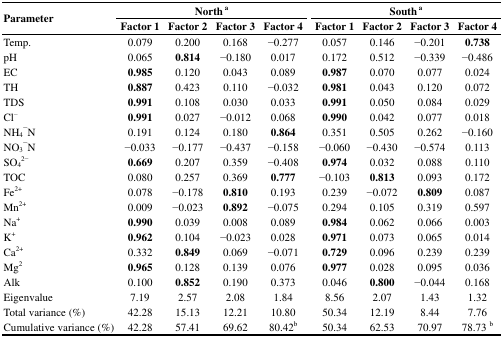
<table><thead><tr><td rowspan="2"><b>Parameter</b></td><td colspan="4"><b>North <sup>a</sup></b></td><td colspan="4"><b>South <sup>a</sup></b></td></tr><tr><td><b>Factor 1</b></td><td><b>Factor 2</b></td><td><b>Factor 3</b></td><td><b>Factor 4</b></td><td><b>Factor 1</b></td><td><b>Factor 2</b></td><td><b>Factor 3</b></td><td><b>Factor 4</b></td></tr></thead><tbody><tr><td>Temp.</td><td>0.079</td><td>0.200</td><td>0.168</td><td>−0.277</td><td>0.057</td><td>0.146</td><td>−0.201</td><td><b>0.738</b></td></tr><tr><td>pH</td><td>0.065</td><td><b>0.814</b></td><td>−0.180</td><td>0.017</td><td>0.172</td><td>0.512</td><td>−0.339</td><td>−0.486</td></tr><tr><td>EC</td><td><b>0.985</b></td><td>0.120</td><td>0.043</td><td>0.089</td><td><b>0.987</b></td><td>0.070</td><td>0.077</td><td>0.024</td></tr><tr><td>TH</td><td><b>0.887</b></td><td>0.423</td><td>0.110</td><td>−0.032</td><td><b>0.981</b></td><td>0.043</td><td>0.120</td><td>0.072</td></tr><tr><td>TDS</td><td><b>0.991</b></td><td>0.108</td><td>0.030</td><td>0.033</td><td><b>0.991</b></td><td>0.050</td><td>0.084</td><td>0.029</td></tr><tr><td>Cl<sup>−</sup></td><td><b>0.991</b></td><td>0.027</td><td>−0.012</td><td>0.068</td><td><b>0.990</b></td><td>0.042</td><td>0.077</td><td>0.018</td></tr><tr><td>NH<sub>4</sub><sup>−</sup>N</td><td>0.191</td><td>0.124</td><td>0.180</td><td><b>0.864</b></td><td>0.351</td><td>0.505</td><td>0.262</td><td>−0.160</td></tr><tr><td>NO<sub>3</sub><sup>−</sup>N</td><td>−0.033</td><td>−0.177</td><td>−0.437</td><td>−0.158</td><td>−0.060</td><td>−0.430</td><td>−0.574</td><td>0.113</td></tr><tr><td>SO<sub>4</sub><sup>2−</sup></td><td><b>0.669</b></td><td>0.207</td><td>0.359</td><td>−0.408</td><td><b>0.974</b></td><td>0.032</td><td>0.088</td><td>0.110</td></tr><tr><td>TOC</td><td>0.080</td><td>0.257</td><td>0.369</td><td><b>0.777</b></td><td>−0.103</td><td><b>0.813</b></td><td>0.093</td><td>0.172</td></tr><tr><td>Fe<sup>2+</sup></td><td>0.078</td><td>−0.178</td><td><b>0.810</b></td><td>0.193</td><td>0.239</td><td>−0.072</td><td><b>0.809</b></td><td>0.087</td></tr><tr><td>Mn<sup>2+</sup></td><td>0.009</td><td>−0.023</td><td><b>0.892</b></td><td>−0.075</td><td>0.294</td><td>0.105</td><td>0.319</td><td>0.597</td></tr><tr><td>Na<sup>+</sup></td><td><b>0.990</b></td><td>0.039</td><td>0.008</td><td>0.089</td><td><b>0.984</b></td><td>0.062</td><td>0.066</td><td>0.003</td></tr><tr><td>K<sup>+</sup></td><td><b>0.962</b></td><td>0.104</td><td>−0.023</td><td>0.028</td><td><b>0.971</b></td><td>0.073</td><td>0.065</td><td>0.014</td></tr><tr><td>Ca<sup>2+</sup></td><td>0.332</td><td><b>0.849</b></td><td>0.069</td><td>−0.071</td><td><b>0.729</b></td><td>0.096</td><td>0.239</td><td>0.239</td></tr><tr><td>Mg<sup>2</sup></td><td><b>0.965</b></td><td>0.128</td><td>0.139</td><td>0.076</td><td><b>0.977</b></td><td>0.028</td><td>0.095</td><td>0.036</td></tr><tr><td>Alk</td><td>0.100</td><td><b>0.852</b></td><td>0.190</td><td>0.373</td><td>0.046</td><td><b>0.800</b></td><td>−0.044</td><td>0.168</td></tr><tr><td>Eigenvalue</td><td>7.19</td><td>2.57</td><td>2.08</td><td>1.84</td><td>8.56</td><td>2.07</td><td>1.43</td><td>1.32</td></tr><tr><td>Total variance (%)</td><td>42.28</td><td>15.13</td><td>12.21</td><td>10.80</td><td>50.34</td><td>12.19</td><td>8.44</td><td>7.76</td></tr><tr><td>Cumulative variance (%)</td><td>42.28</td><td>57.41</td><td>69.62</td><td>80.42<sup>b</sup></td><td>50.34</td><td>62.53</td><td>70.97</td><td>78.73 <sup>b</sup></td></tr></tbody></table>